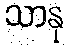
သာနု